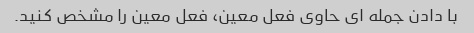
با دادن جمله ای حاوی فعل معین، فعل معین را مشخص کنید.